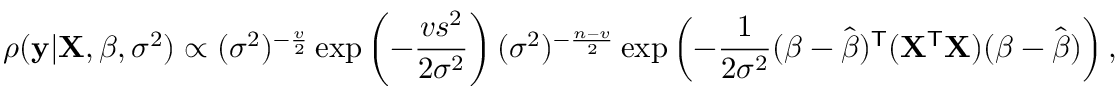
\rho ( \mathbf { y } | \mathbf { X } , { \boldsymbol { \beta } } , \sigma ^ { 2 } ) \propto ( \sigma ^ { 2 } ) ^ { - { \frac { v } { 2 } } } \exp \left( - { \frac { v s ^ { 2 } } { 2 { \sigma } ^ { 2 } } } \right) ( \sigma ^ { 2 } ) ^ { - { \frac { n - v } { 2 } } } \exp \left( - { \frac { 1 } { 2 { \sigma } ^ { 2 } } } ( { \boldsymbol { \beta } } - { \hat { \boldsymbol { \beta } } } ) ^ { \mathsf { T } } ( \mathbf { X } ^ { \mathsf { T } } \mathbf { X } ) ( { \boldsymbol { \beta } } - { \hat { \boldsymbol { \beta } } } ) \right) ,